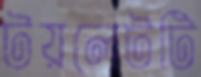
টয়লেটটি